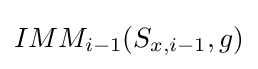
IMM_{i-1}(S_{x,{i-1}},g)